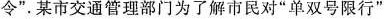
令”。某市交通管理部门为了解市民对”单双号限行”